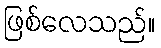
ဖြစ်လေသည်။